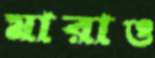
মারাও